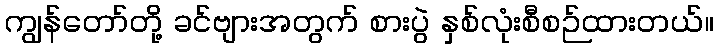
ကျွန်တော်တို့ ခင်ဗျားအတွက် စားပွဲ နှစ်လုံးစီစဉ်ထားတယ်။